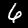
Label: 6